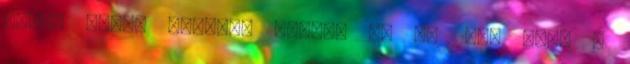
Szabó Árpád Hellász hősei, i. m. 105. old. ↑